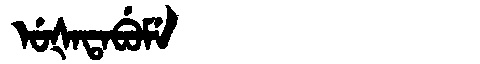
Manchu: ᡠᡧᠠᡨᠠᠪᡠᠮᡝ
Romanization: UŠATABUME